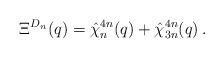
\begin{align*}\Xi^{D_{n}}(q)=\hat{\chi}_{n}^{4n}(q) + \hat{\chi}_{3n}^{4n}(q) \, .\end{align*}